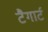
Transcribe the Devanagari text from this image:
टैगार्ट